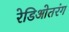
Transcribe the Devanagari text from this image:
रेडिओतरंग